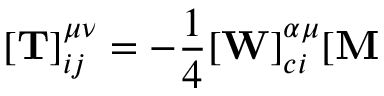
[ { \bf T } ] _ { i j } ^ { \mu \nu } = - { \frac 1 4 } [ { \bf W } ] _ { c i } ^ { \alpha \mu } [ { \bf M }